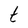
Character: t